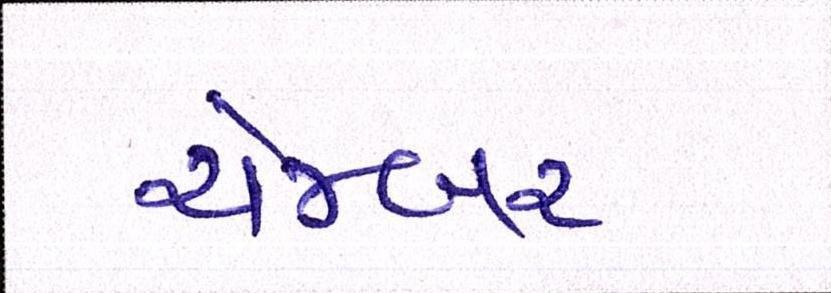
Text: ચેમ્બર